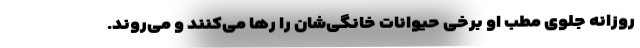
روزانه جلوی مطب او برخی حیوانات خانگی‌شان را رها می‌کنند و می‌روند.